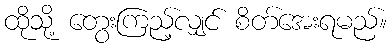
ထိုသို့ တွေးကြည့်လျှင် စိတ်အေးရမည်။